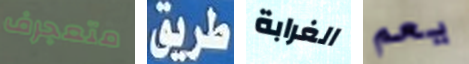
متعجرف طريق الغرابة يعم